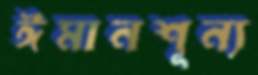
ঈমানশূন্য